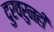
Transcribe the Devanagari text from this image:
दुरवरुनही